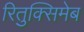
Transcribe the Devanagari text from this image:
रितुक्सिमेब